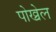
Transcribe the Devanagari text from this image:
पोख्रेल